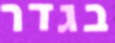
בגדר